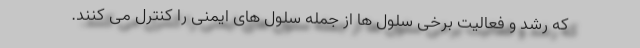
که رشد و فعالیت برخی سلول ها از جمله سلول های ایمنی را کنترل می کنند.